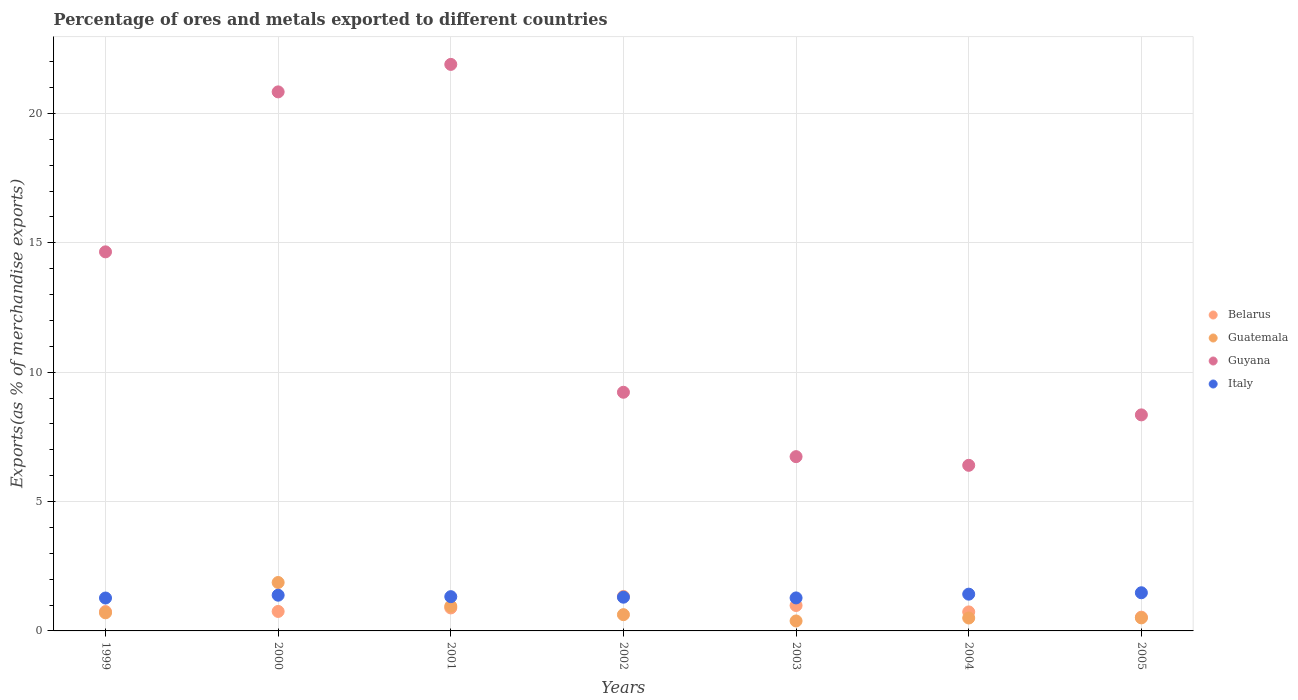
| Years | Belarus | Guatemala | Guyana | Italy |
 | --- | --- | --- | --- | --- |
 | 1999 | 0.749 | 0.7 | 14.7 | 1.27 |
 | 2000 | 0.753 | 1.87 | 20.8 | 1.38 |
 | 2001 | 0.889 | 0.956 | 21.9 | 1.32 |
 | 2002 | 1.33 | 0.628 | 9.22 | 1.3 |
 | 2003 | 0.983 | 0.385 | 6.74 | 1.28 |
 | 2004 | 0.735 | 0.499 | 6.4 | 1.42 |
 | 2005 | 0.531 | 0.504 | 8.35 | 1.48 |